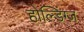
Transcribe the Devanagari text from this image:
होल्डिंग्ज़